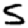
Digit: 5